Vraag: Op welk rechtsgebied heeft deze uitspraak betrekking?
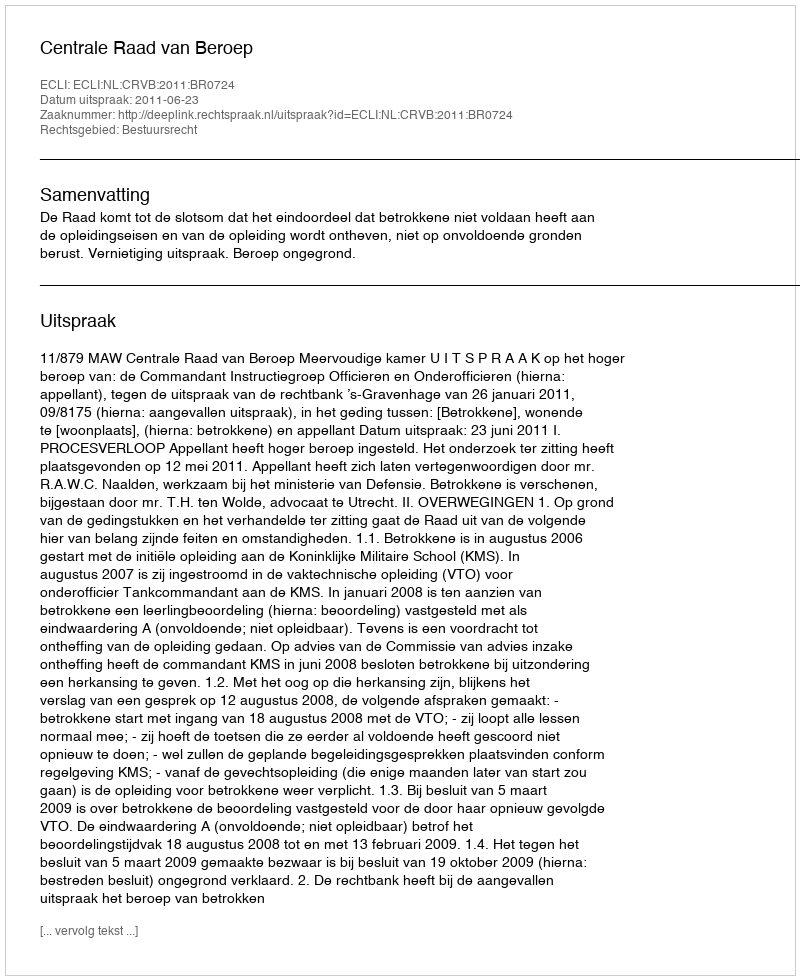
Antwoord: Bestuursrecht